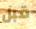
قبل